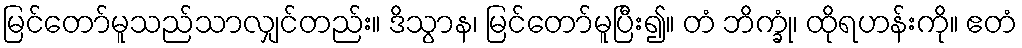
မြင်တော်မူသည်သာလျှင်တည်း။ ဒိသွာန၊ မြင်တော်မူပြီး၍။ တံ ဘိက္ခုံ၊ ထိုရဟန်းကို။ ဧတံ